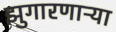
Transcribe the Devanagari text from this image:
झुगारणाऱ्या